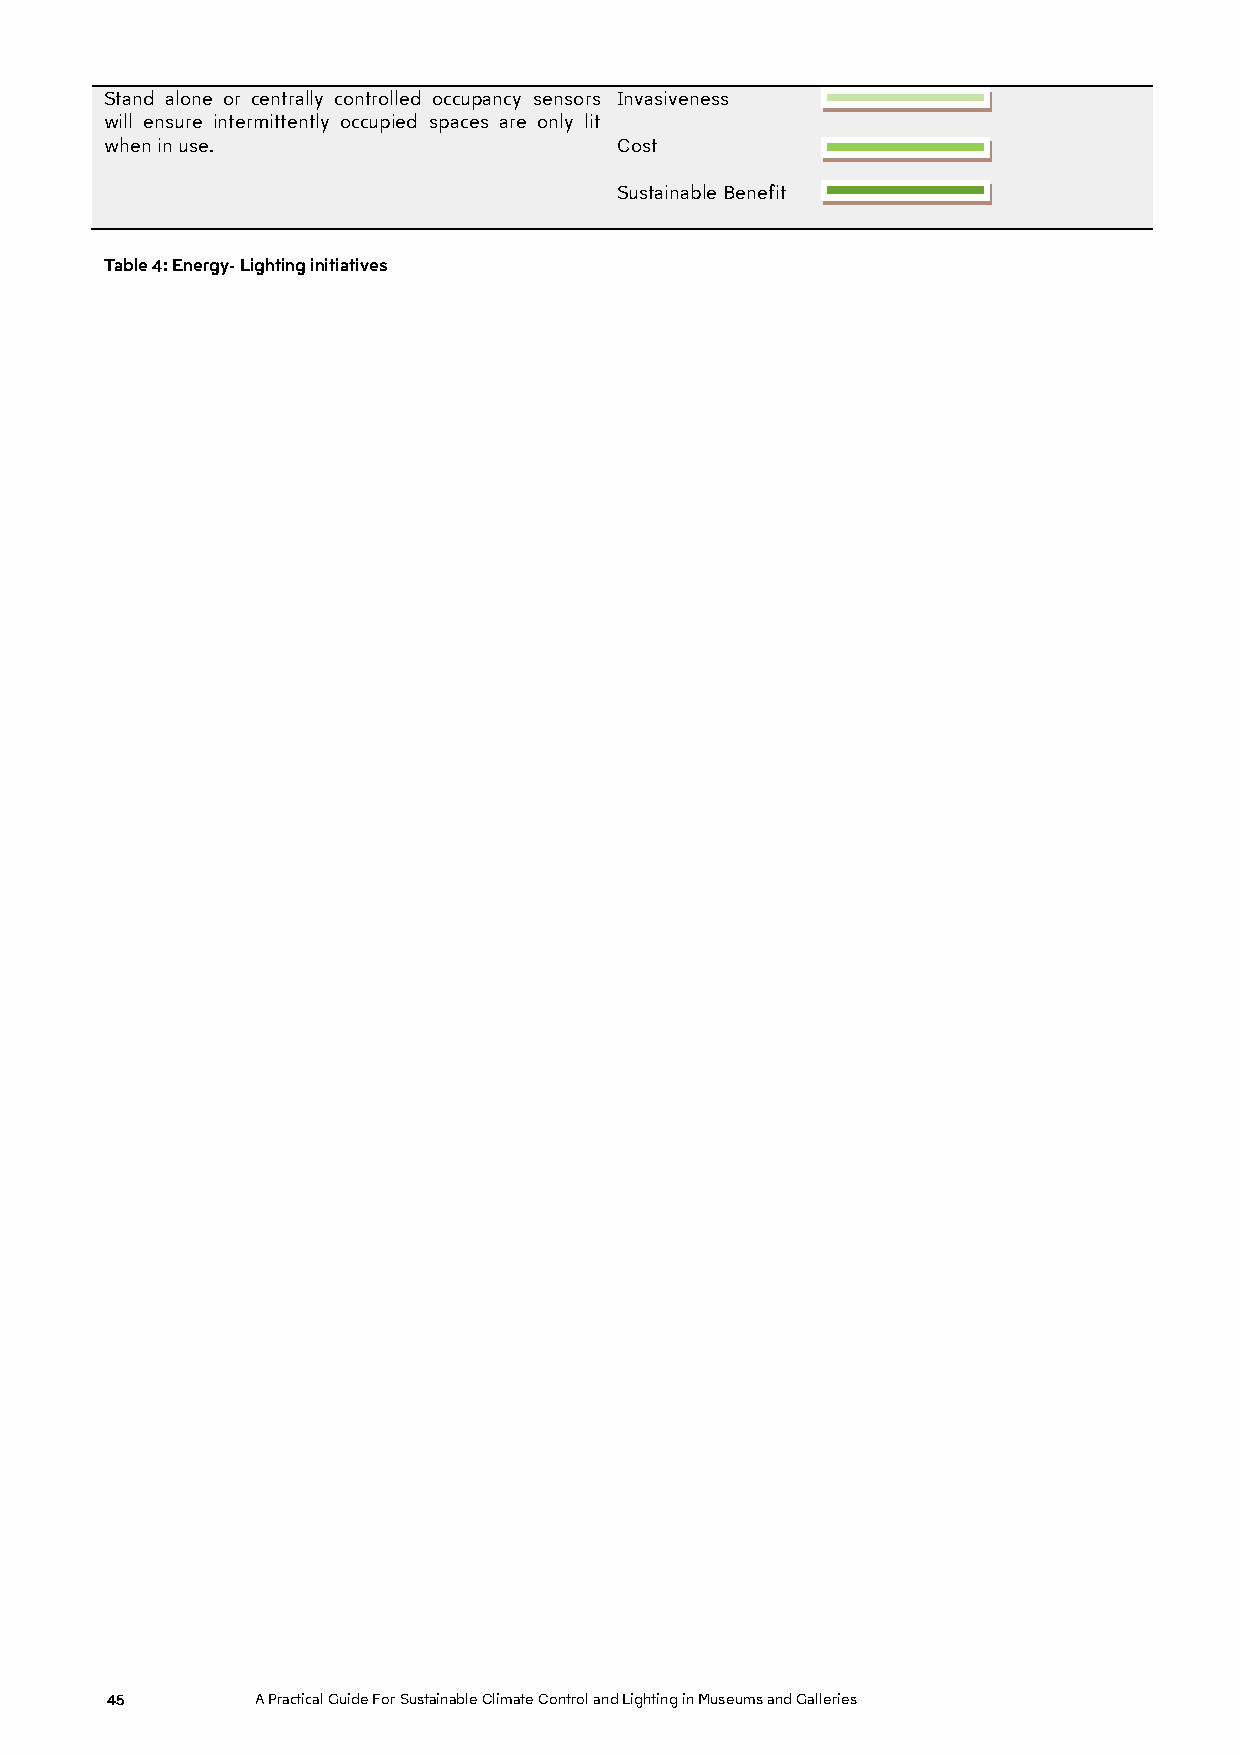
Stand alone or centrally controlled occupancy sensors Invasiveness
 will ensure intermittently occupied spaces are only lit
 when in use.                      Cost
 Sustainable Benefit
 Table 4: Energy- Lighting initiatives
 45        A Practical Guide For Sustainable Climate Control and Lighting in Museums and Galleries